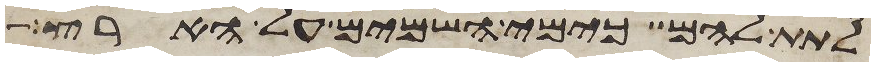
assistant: לתת להם כימי השמים על הארץ